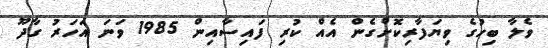
ވެލާ ބިހުގެ ވިޔަފާރިކޮށްގެން އެއް ކުރި ފައިސާއިން 1985 ވަނަ އަހަރު ގާދޫ